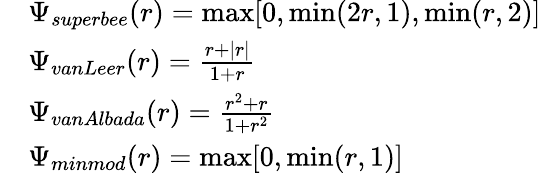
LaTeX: \begin{array}{rl}&{\Psi_{superbee}(r)=\operatorname*{max}[0,\operatorname*{min}(2r,1),\operatorname*{min}(r,2)]}\\ &{\Psi_{vanLeer}(r)=\frac{r+|r|}{1+r}}\\ &{\Psi_{vanAlbada}(r)=\frac{r^{2}+r}{1+r^{2}}}\\ &{\Psi_{minmod}(r)=\operatorname*{max}[0,\operatorname*{min}(r,1)]}\end{array}